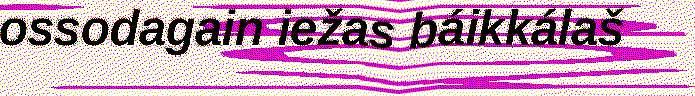
ossodagain iežas báikkálaš